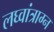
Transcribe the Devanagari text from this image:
लघ्वांत्राग्न